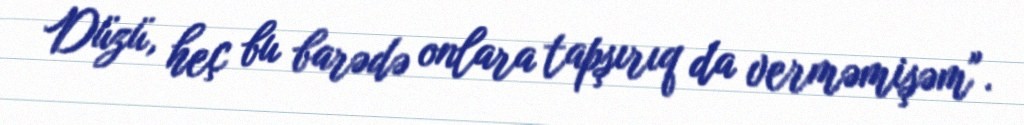
Düzü, heç bu barədə onlara tapşırıq da verməmişəm".